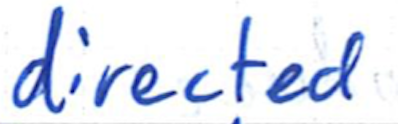
Text: directed
Cross-out: clean
Writing tool: ballpoint